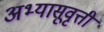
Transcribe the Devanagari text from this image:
अभ्यासूवृत्ती